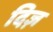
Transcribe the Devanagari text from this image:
दिज़